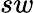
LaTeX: sw